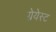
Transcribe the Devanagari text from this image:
ग्रेयेस्ट